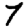
Digit: 7